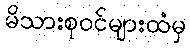
မိသားစုဝင်များထံမှ